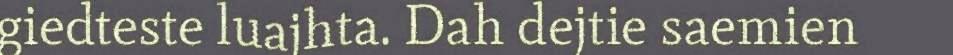
giedteste luajhta. Dah dejtie saemien